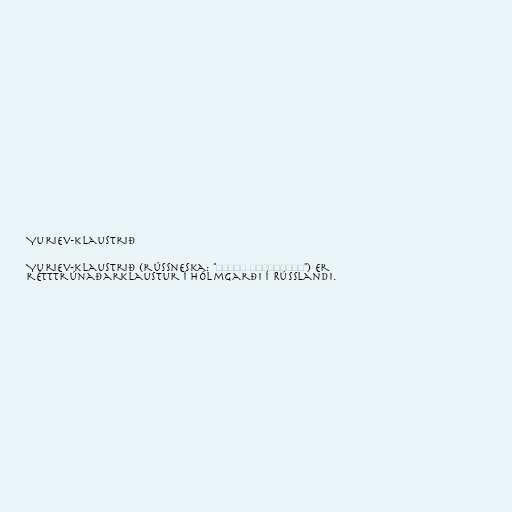
Yuriev-klaustrið

Yuriev-klaustrið (rússneska: "Юрьев монастырь") er
rétttrúnaðarklaustur í Hólmgarði í Rússlandi.